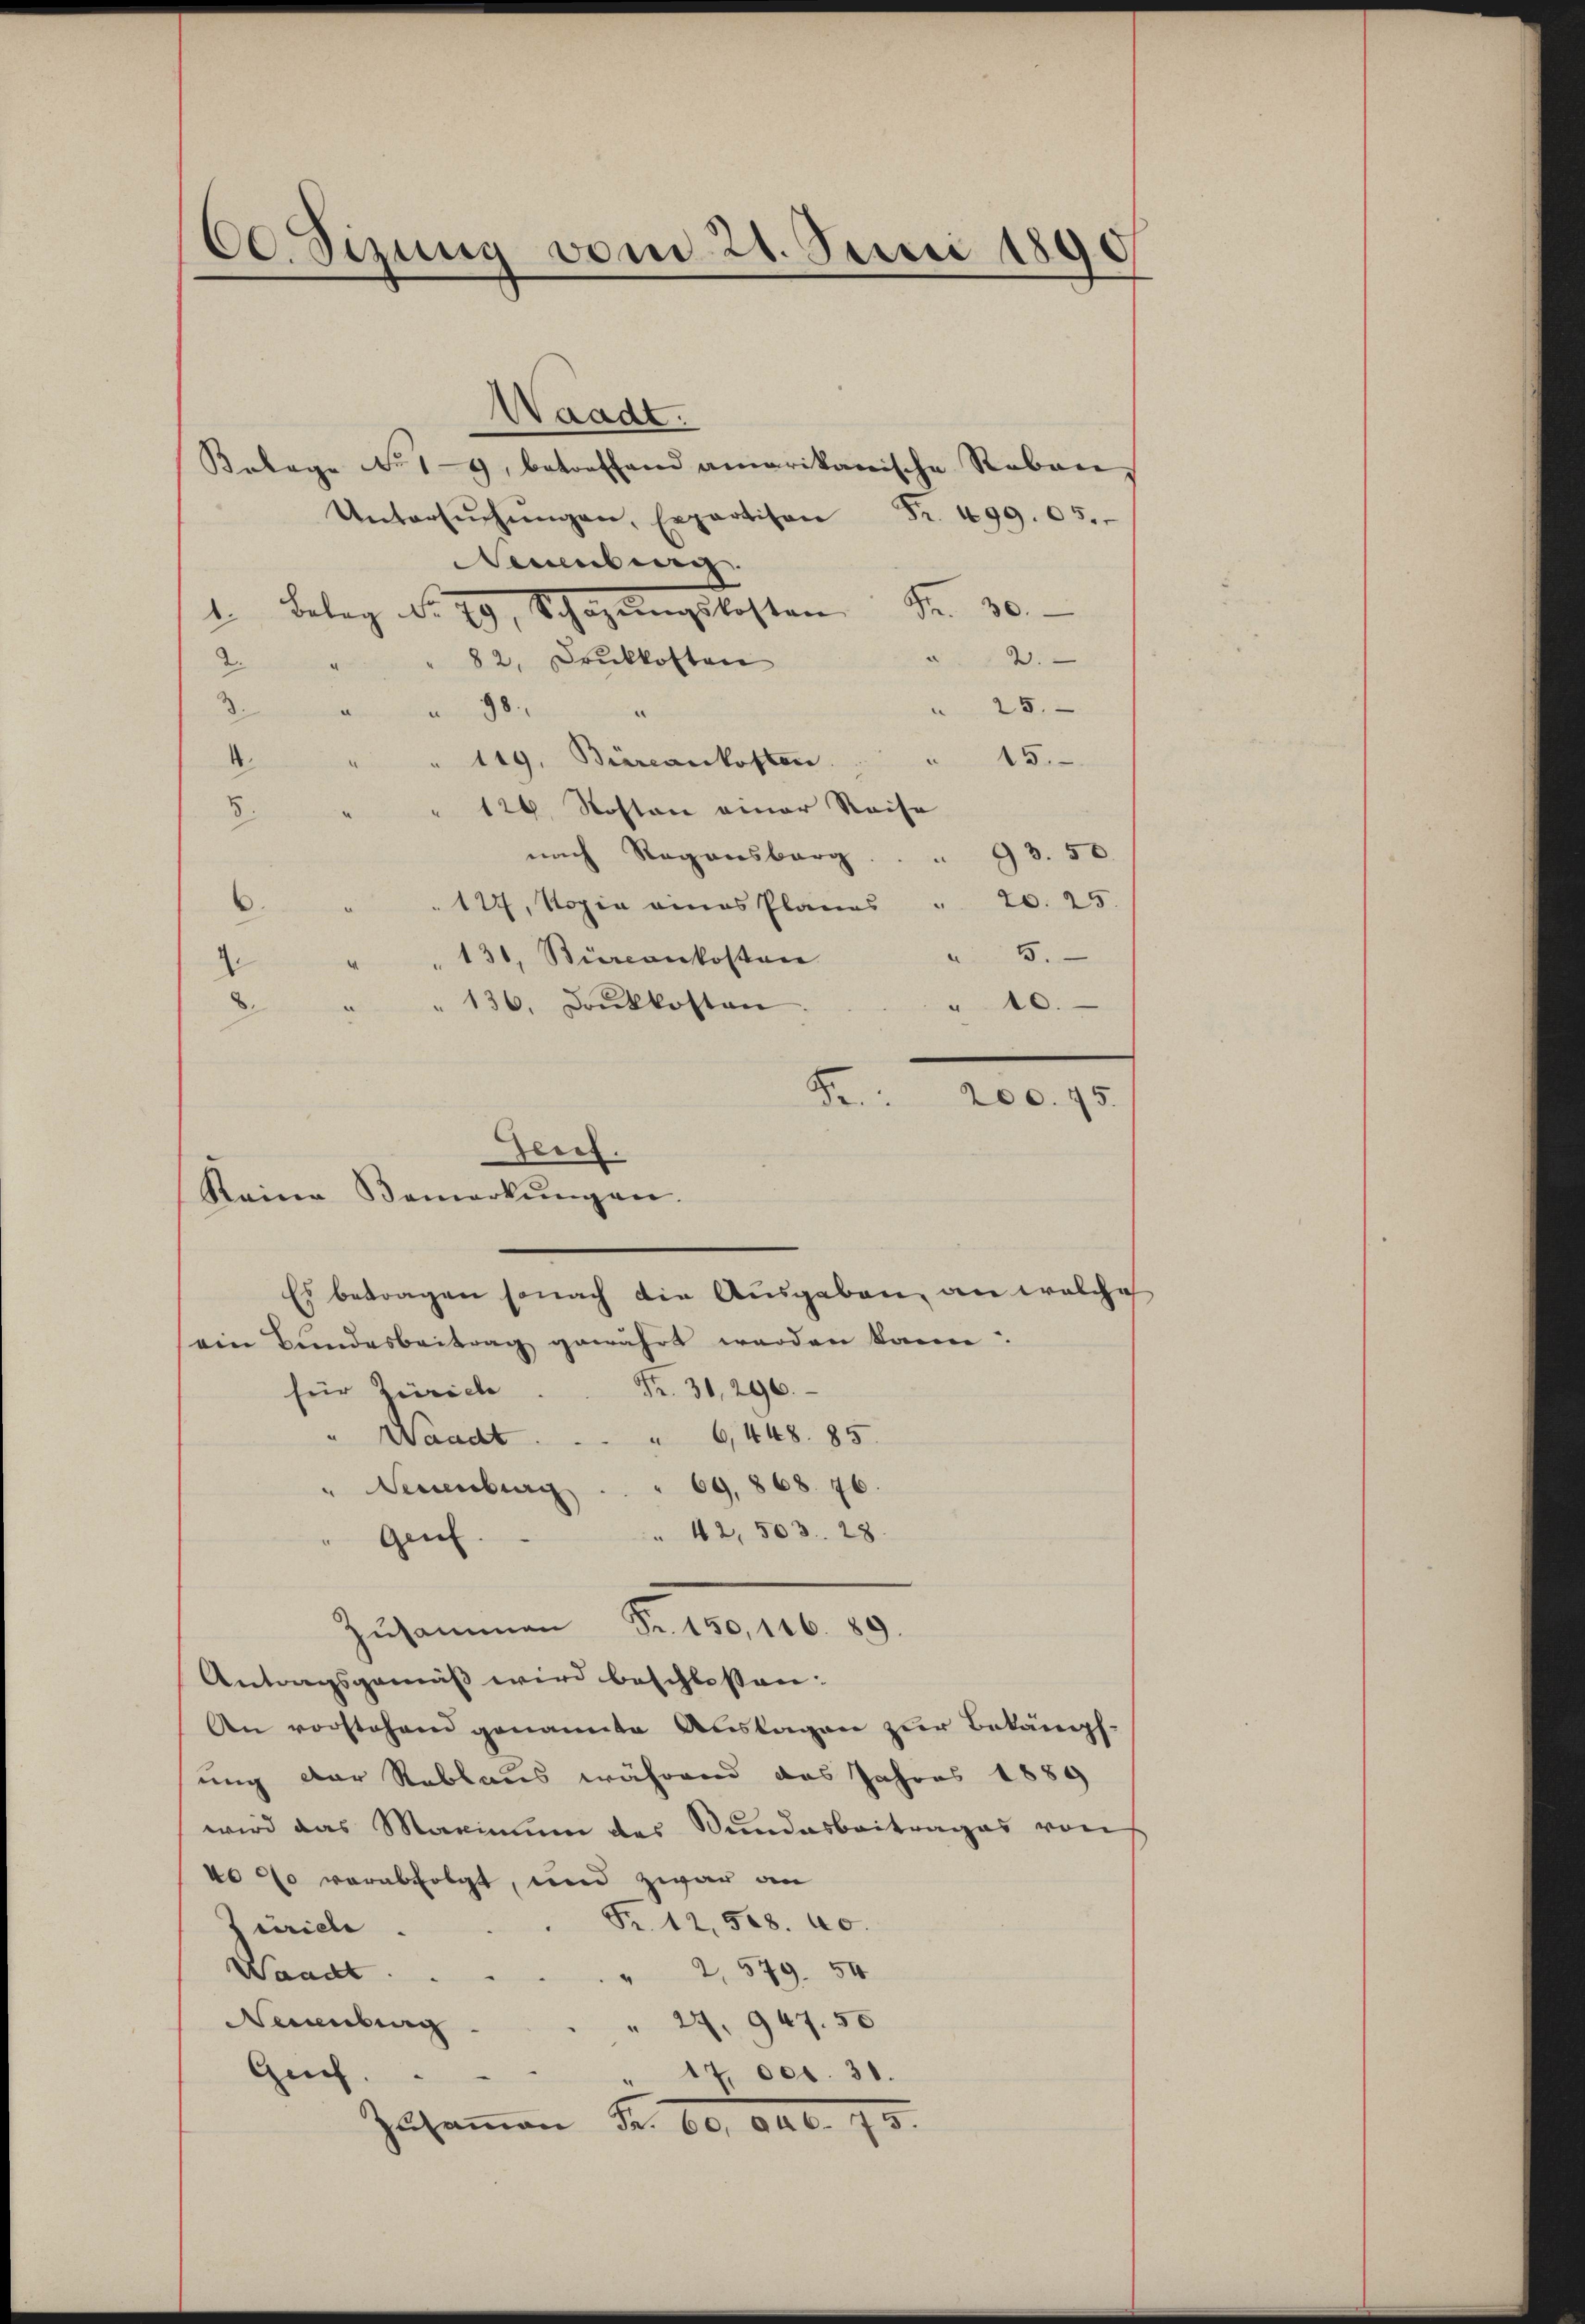
Ce. Sizung vom 21. Juni 1890

Waadt.
Belage No 19, betreffend amarikanische Reben,
Untersŭchŭngen, Erparten Fr. 499. 05.
Neuenburg
1. Beleg No. 29, Schazungskosten den 30.
2.
" 82, Druckkosten
2.
3.
 25.
" " 98.
" 15.
4 " " 119, Büreaukosten
126 Roston einer Reise
8.
nach Regensberg. . . 33. 50
20. 25.
.117, Kopia eines Planes
5.
¬
131, Sticcankosten
d
10.
" 136. Dankkosten
8.
Bei
200. 45.
Es betragen sonach die Ausgaben, an welche
ein Bundesbeitrag gewährt werden kann.
für Zürich. Fr. 31, 296.
" Waadt
6,448. 85.
" Neuenburg . . . 69, 868. 76.
" 42, 503. 28.
Gen.
Zusammen Fr. 150, 116. 89.
Antragsgemäß wird beschlossen:
An vorstehend genannte Auslagen zur Bekämpfung der Reblaus während das Jahres 1889
wird das Maximum des Bundesbeitrages von
No 20 verabfolgt, und zwar an
Fr. 12,508. 40.
terieli
2. 579. 54
Waadt.
“
" 24. 947. 50
Neuenburg.
Gref.
" 17. Oct. 31.
zusammen Fr. 60. Aug. 175.

Zeif.
Keine Bemerkŭngen.